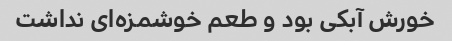
خورش آبکی بود و طعم خوشمزه‌ای نداشت